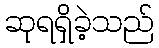
ဆုရရှိခဲ့သည်